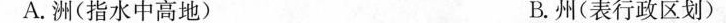
A.洲(指水中高地) B.州(表行政区划)